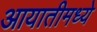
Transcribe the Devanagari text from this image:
आयातीमध्ये